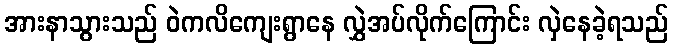
အားနာသွားသည် ဝဲကလိကျေးရွာနေ လွှဲအပ်လိုက်ကြောင်း လှဲနေခဲ့ရသည်